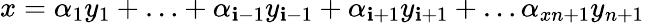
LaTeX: x=\alpha_{1}y_{1}+\ldots+\alpha_{\mathbf{i}-1}y_{\mathbf{i}-1}+\alpha_{\mathbf{i}+1}y_{\mathbf{i}+1}+\ldots\alpha_{xn+1}y_{n+1}